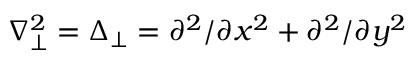
\nabla _ { \perp } ^ { 2 } = \Delta _ { \perp } = \partial ^ { 2 } / \partial x ^ { 2 } + \partial ^ { 2 } / \partial y ^ { 2 }